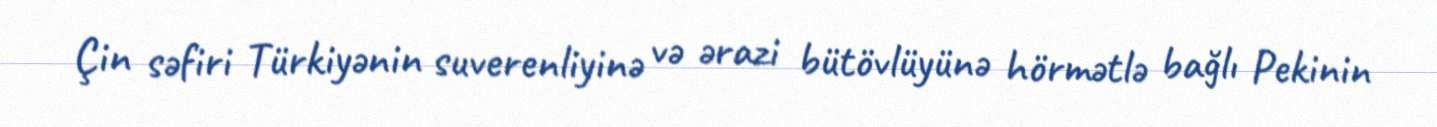
Çin səfiri Türkiyənin suverenliyinə və ərazi bütövlüyünə hörmətlə bağlı Pekinin